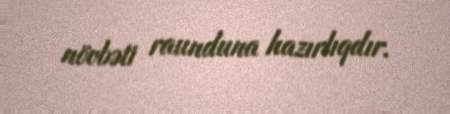
növbəti raunduna hazırlıqdır.